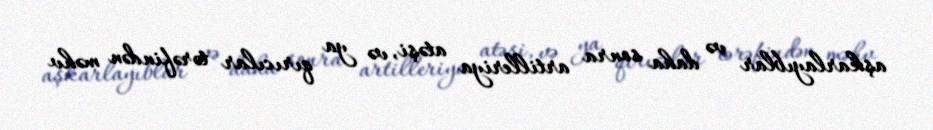
aşkarlayıblar və daha sonra artilleriya atəşi, və ya qırıcılar tərəfindən məhv